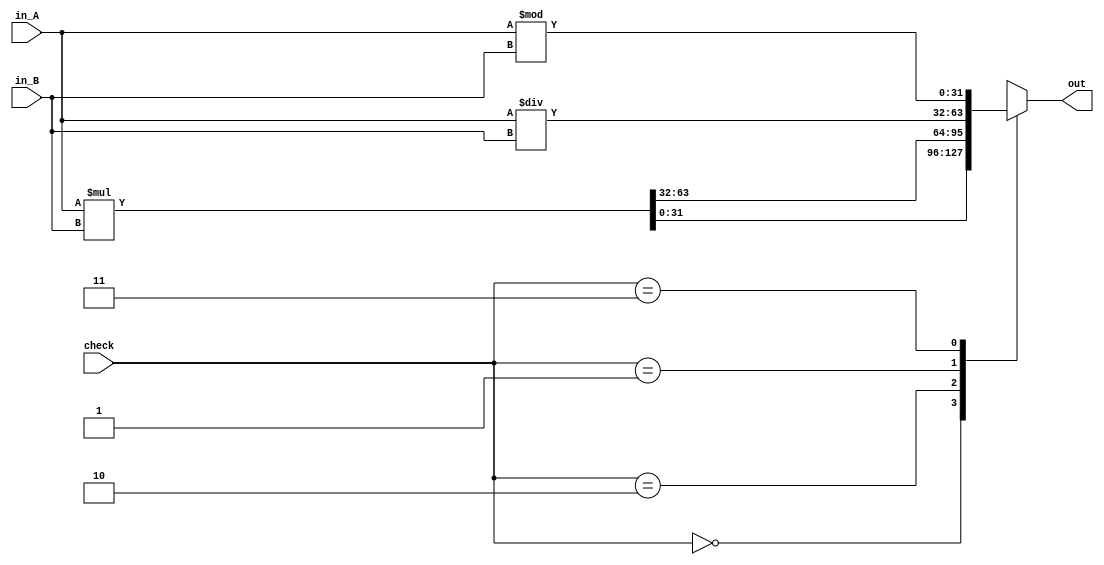
`timescale 1ns/1ps

module muldiv #(parameter WIDTH = 32)(input [WIDTH-1:0] in_A, in_B, input [1:0] check, output reg [WIDTH-1:0] out);

wire [WIDTH*2-1:0] mulout;
wire [WIDTH-1:0] divout, res;
assign mulout = in_A * in_B;
assign divout = in_A / in_B;
assign res = in_A % in_B;

always @* begin
  casez (check)
		2'b00:   out = mulout[WIDTH-1:0];
		2'b10:   out = mulout[WIDTH*2-1:WIDTH];
		2'b01:   out = divout;
		2'b11:   out = res;
		default: out = {WIDTH{1'bz}};
  endcase
end

endmodule